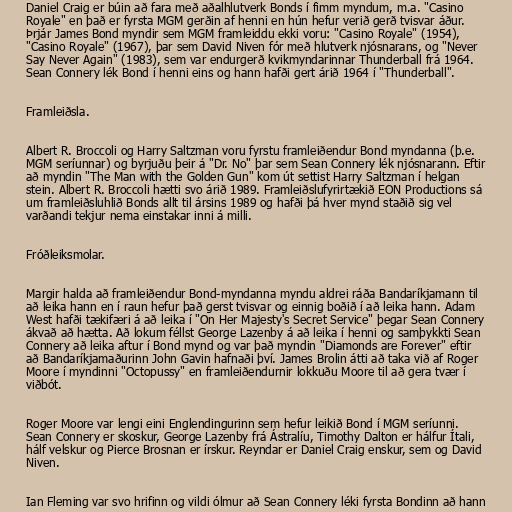
Daniel Craig er búin að fara með aðalhlutverk Bonds í fimm myndum, m.a. "Casino
Royale" en það er fyrsta MGM gerðin af henni en hún hefur verið gerð tvisvar áður.
Þrjár James Bond myndir sem MGM framleiddu ekki voru: "Casino Royale" (1954),
"Casino Royale" (1967), þar sem David Niven fór með hlutverk njósnarans, og "Never
Say Never Again" (1983), sem var endurgerð kvikmyndarinnar Thunderball frá 1964.
Sean Connery lék Bond í henni eins og hann hafði gert árið 1964 í "Thunderball".

Framleiðsla.

Albert R. Broccoli og Harry Saltzman voru fyrstu framleiðendur Bond myndanna (þ.e.
MGM seríunnar) og byrjuðu þeir á "Dr. No" þar sem Sean Connery lék njósnarann. Eftir
að myndin "The Man with the Golden Gun" kom út settist Harry Saltzman í helgan
stein. Albert R. Broccoli hætti svo árið 1989. Framleiðslufyrirtækið EON Productions sá
um framleiðsluhlið Bonds allt til ársins 1989 og hafði þá hver mynd staðið sig vel
varðandi tekjur nema einstakar inni á milli.

Fróðleiksmolar.

Margir halda að framleiðendur Bond-myndanna myndu aldrei ráða Bandaríkjamann til
að leika hann en í raun hefur það gerst tvisvar og einnig boðið í að leika hann. Adam
West hafði tækifæri á að leika í "On Her Majesty's Secret Service" þegar Sean Connery
ákvað að hætta. Að lokum féllst George Lazenby á að leika í henni og samþykkti Sean
Connery að leika aftur í Bond mynd og var það myndin "Diamonds are Forever" eftir
að Bandaríkjamaðurinn John Gavin hafnaði því. James Brolin átti að taka við af Roger
Moore í myndinni "Octopussy" en framleiðendurnir lokkuðu Moore til að gera tvær í
viðbót.

Roger Moore var lengi eini Englendingurinn sem hefur leikið Bond í MGM seríunni.
Sean Connery er skoskur, George Lazenby frá Ástralíu, Timothy Dalton er hálfur Ítali,
hálf velskur og Pierce Brosnan er írskur. Reyndar er Daniel Craig enskur, sem og David
Niven.

Ian Fleming var svo hrifinn og vildi ólmur að Sean Connery léki fyrsta Bondinn að hann